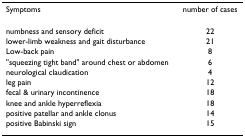
<table><thead><tr><td><b>Symptoms</b></td><td><b>number of cases</b></td></tr></thead><tbody><tr><td>numbness and sensory deficit</td><td>22</td></tr><tr><td>lower-limb weakness and gait disturbance</td><td>21</td></tr><tr><td>Low-back pain</td><td>8</td></tr><tr><td>&quot;squeezing tight band&quot; around chest or abdomen</td><td>6</td></tr><tr><td>neurological claudication</td><td>4</td></tr><tr><td>leg pain</td><td>12</td></tr><tr><td>fecal &amp; urinary incontinence</td><td>18</td></tr><tr><td>knee and ankle hyperreflexia</td><td>18</td></tr><tr><td>positive patellar and ankle clonus</td><td>14</td></tr><tr><td>positive Babinski sign</td><td>15</td></tr></tbody></table>